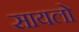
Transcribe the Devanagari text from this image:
सायलो